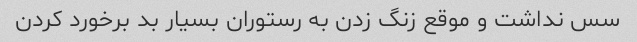
سس نداشت و موقع زنگ زدن به رستوران بسیار بد برخورد کردن